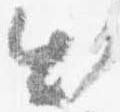
出